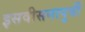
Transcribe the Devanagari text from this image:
इसवीसनापुर्वी